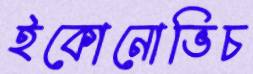
ইকোনোভিচ